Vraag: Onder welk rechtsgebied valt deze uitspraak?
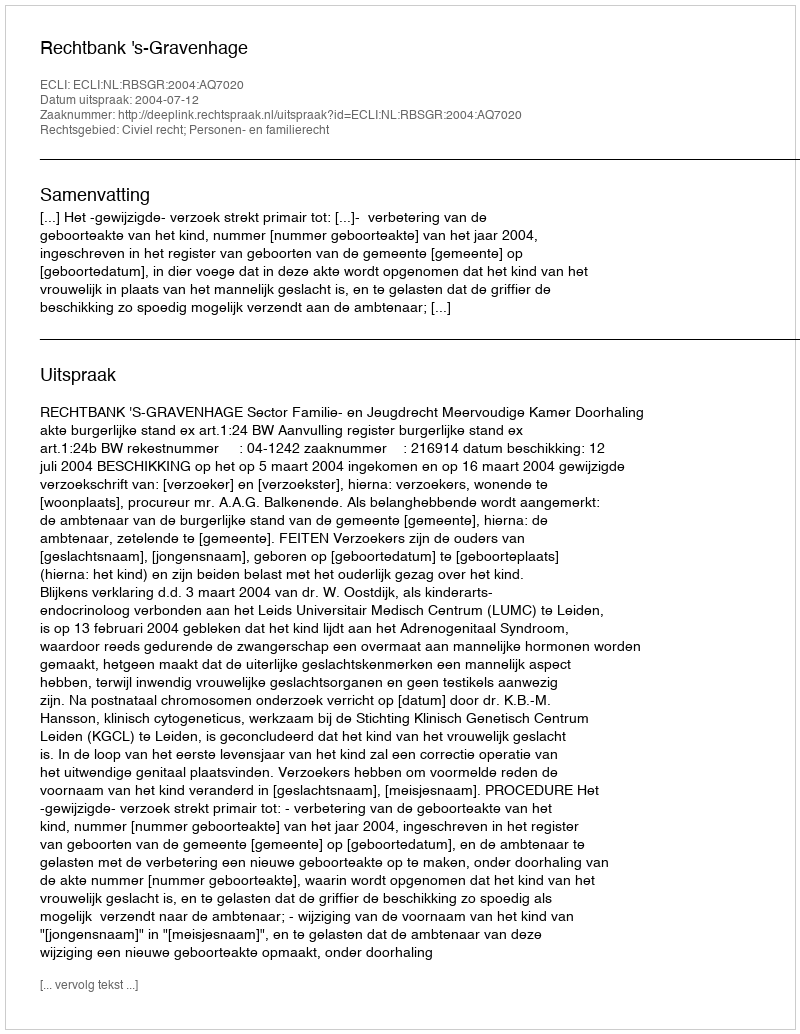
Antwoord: Civiel recht; Personen- en familierecht